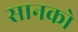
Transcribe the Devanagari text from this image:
सानको